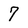
Character: 7